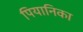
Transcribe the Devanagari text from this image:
पियानिका